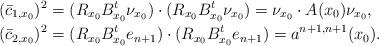
LaTeX: \begin{align*}(\bar{c}_{1,x_0})^2 &= (R_{x_0} B_{x_0}^{t} \nu_{x_0}) \cdot (R_{x_0} B_{x_0}^{t} \nu_{x_0}) = \nu_{x_0} \cdot A(x_0) \nu_{x_0},\\(\bar{c}_{2,x_0})^2 &= (R_{x_0} B_{x_0}^{t} e_{n+1}) \cdot (R_{x_0} B_{x_0}^{t} e_{n+1}) = a^{n+1, n+1}(x_0).\end{align*}